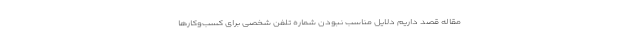
مقاله قصد داریم دلایل مناسب نبودن شماره تلفن شخصی برای کسب‌وکارها